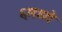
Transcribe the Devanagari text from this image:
६मध्ये